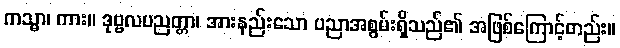
ကသ္မာ၊ ကား။ ဒုဗ္ဗလပညတ္တာ၊ အားနည်းသော ပညာအစွမ်းရှိသည်၏ အဖြစ်ကြောင့်တည်း။